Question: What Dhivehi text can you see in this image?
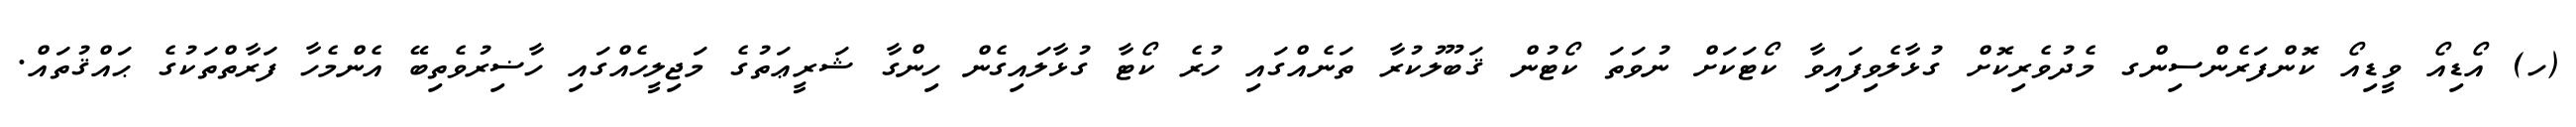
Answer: (ހ) އޯޑިއޯ ވީޑިއޯ ކޮންފަރެންސިންގ މެދުވެރިކޮށް ގުޅާލެވިފައިވާ ކޯޓަކަށް ނުވަތަ ކޯޓުން ޤަބޫލުކުރާ ތަނެއްގައި ހުރެ ކޯޓާ ގުޅާލައިގެން ހިންގާ ޝަރީޢަތުގެ މަޖިލީހެއްގައި ހާޟިރުވެތިބޭ އެންމެހާ ފަރާތްތަކުގެ ޙައްޤުތައް.